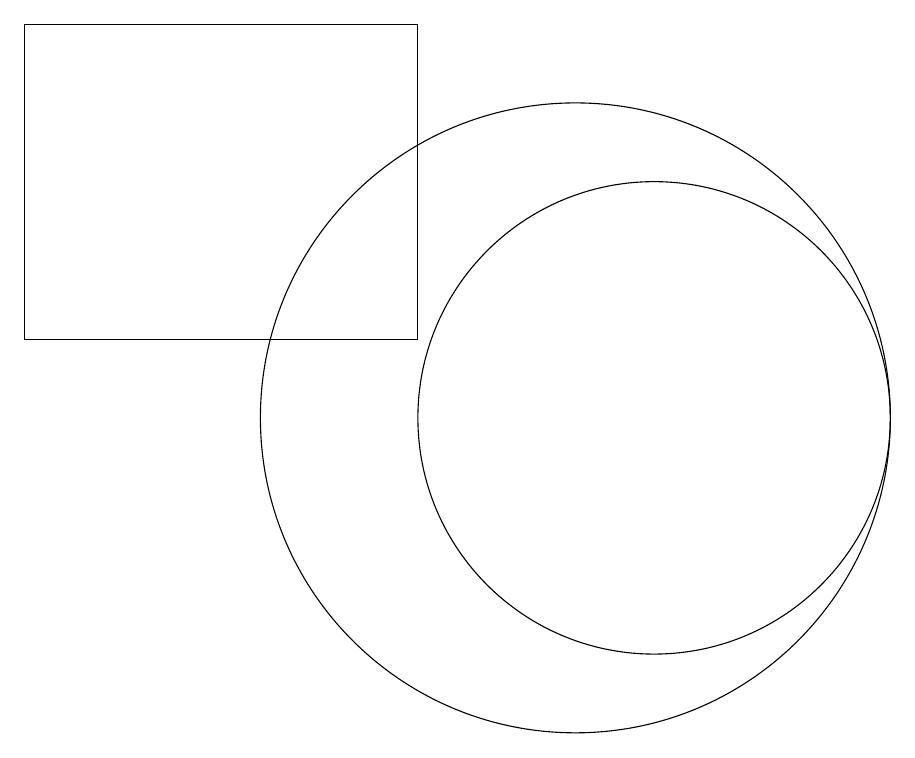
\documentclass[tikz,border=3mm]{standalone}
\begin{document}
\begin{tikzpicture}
\draw (11,11) circle (3);
\draw (10,11) circle (4);
\draw (8,16) rectangle (3,12);
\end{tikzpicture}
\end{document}